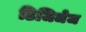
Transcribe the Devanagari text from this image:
डिजिजेज